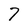
Character: 7